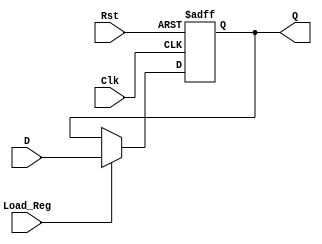
`timescale 1ns / 1ps
//////////////////////////////////////////////////////////////////////////////////
// Company: 
// Engineer: 
// 
// Design Name: 
// Module Name: fact_reg
// Project Name: 
// Target Devices: 
// Tool Versions: 
// Description: 
// 
// Dependencies: 
// 
// Revision:
// Revision 0.01 - File Created
// Additional Comments:
// 
//////////////////////////////////////////////////////////////////////////////////


module fact_reg #(parameter w = 32)(
    input wire Clk, Rst,
    input wire [w-1:0] D,
    input wire Load_Reg,
    output reg [w-1:0] Q
    );
    
    always @ (posedge Clk, posedge Rst) begin
    if (Rst)
        Q <= 0;
    else if (Load_Reg)
        Q <= D;
    else
        Q <= Q;
    end
    
endmodule